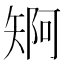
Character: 𮀄